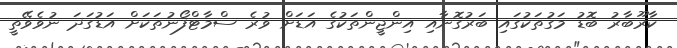
ކާރޫބާރު ބޮޑު މަގުތަކުގައި ބަރުގޮނާއި އިންޖީންތަކުގެ އަޑަށް ވުރެ ސްމާޓްފޯނުތަކަށް އަޑުގަދަ ނުވެވޭތީ